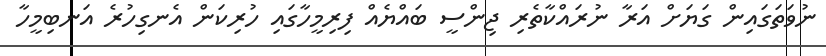
ނުވަތަގައިން ގަޔަށް އަރާ ނުރައްކާތެރި ޖިންސީ ބައްޔެއް ފިރިމީހާގައި ހުރިކަން އެނގިހުރެ އަނބިމީހާ